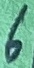
Text: 6